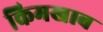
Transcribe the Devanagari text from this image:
किमखाब